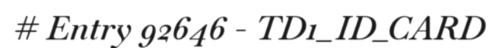
# Entry 92646 - TD1_ID_CARD